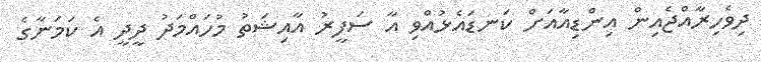
ދިވެހިރާއްޖެއިން އިންޑިއާއަށް ކަނޑައެޅުއްވި އާ ސަފީރު އާއިޝަތު މުހައްމަދު ދީދީ އެ ކަމަނާގެ